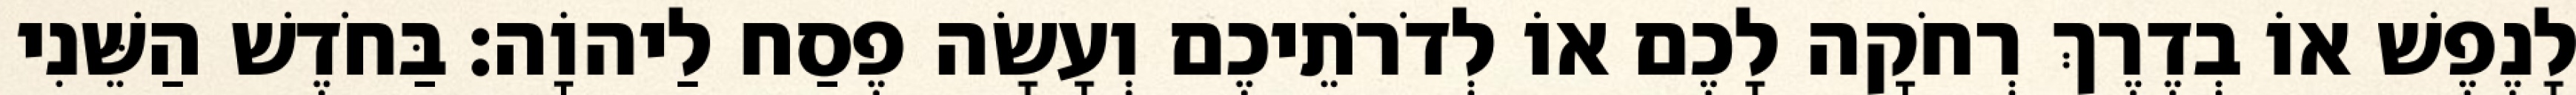
לָנֶפֶשׁ אוֹ בְדֶרֶךְ רְחֹקָה לָכֶם אוֹ לְדֹרֹתֵיכֶם וְעָשָׂה פֶסַח לַיהוָֹה׃ בַּחֹדֶשׁ הַשֵּׁנִי